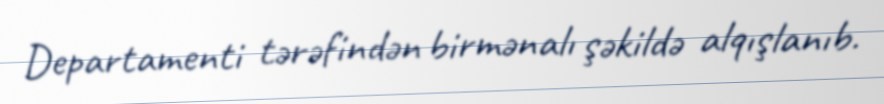
Departamenti tərəfindən birmənalı şəkildə alqışlanıb.